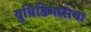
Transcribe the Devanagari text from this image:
युथिडिमासचा